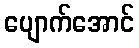
ပျောက်အောင်